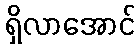
ရှိလာအောင်